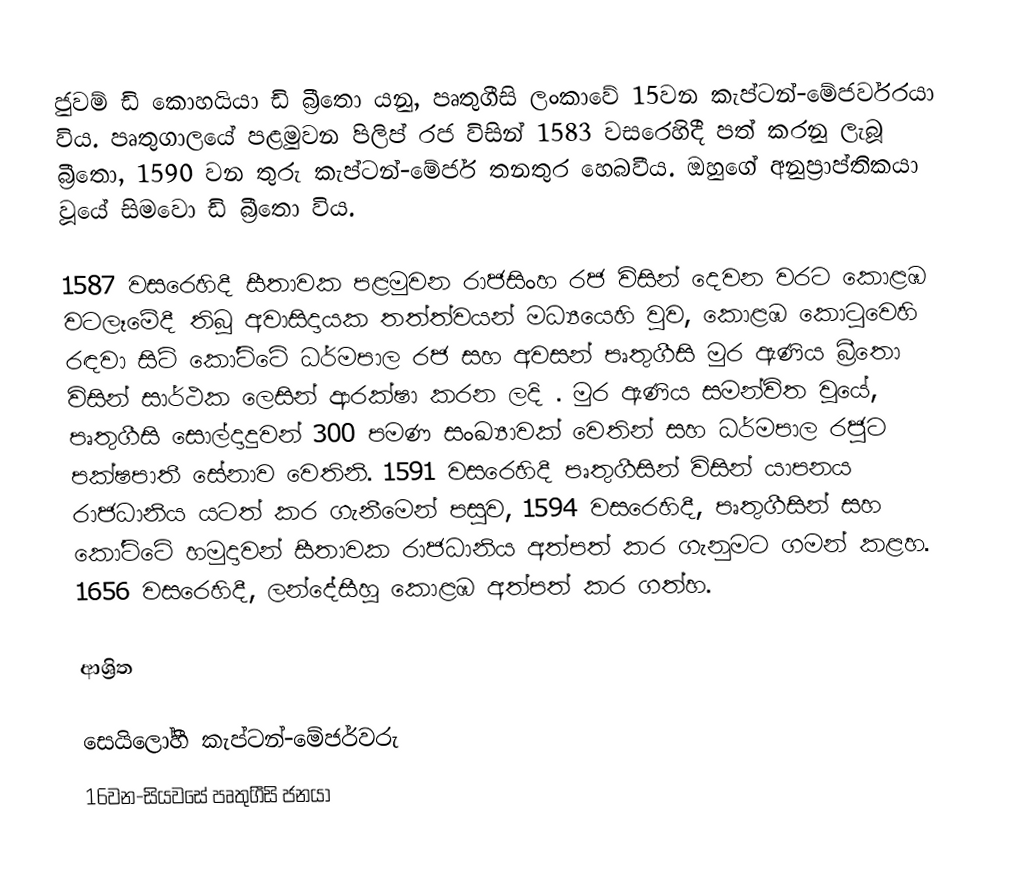
ජුවම් ඩි කොහයියා ඩි බ්‍රීතො යනු, පෘතුගීසි ලංකාවේ 15වන  කැප්ටන්-මේජර්වරයා විය. පෘතුගාලයේ පළමුවන පිලිප් රජ විසින් 1583 වසරෙහිදී පත් කරනු ලැබූ බ්‍රීතො, 1590 වන තුරු කැප්ටන්-මේජර් තනතුර හෙබවීය. ඔහුගේ අනුප්‍රාප්තිකයා වූයේ සිමවො ඩි බ්‍රීතො විය.

1587 වසරෙහිදී සීතාවක පළමුවන රාජසිංහ රජ විසින් දෙවන වරට කොළඹ වටලෑමේදී තිබූ අවාසිදායක තත්ත්වයන් මධ්‍යයෙහි වුව, කොළඹ කොටුවෙහි රඳවා සිටි කෝට්ටේ ධර්මපාල රජ සහ අවසන් පෘතුගීසි මුර ඇණිය බ්‍රීතො විසින් සාර්ථක ලෙසින් ආරක්ෂා කරන ලදි . මුර ඇණිය සමන්විත වූයේ,  පෘතුගීසි සොල්දාදුවන් 300 පමණ සංඛ්‍යාවක් වෙතින් සහ ධර්මපාල රජුට පක්ෂපාතී සේනාව වෙතිනි.    1591 වසරෙහිදී   පෘතුගීසින් විසින් යාපනය රාජධානිය යටත් කර ගැනීමෙන් පසුව,  1594 වසරෙහිදී, පෘතුගීසින් සහ කෝට්ටේ හමුදාවන්  සීතාවක රාජධානිය  අත්පත් කර ගැනුමට ගමන් කළහ. 1656 වසරෙහිදී, ලන්දේසීහූ කොළඹ අත්පත් කර ගත්හ.

ආශ්‍රිත

 සෙයිලෝහී කැප්ටන්-මේජර්වරු
16වන-සියවසේ පෘතුගීසි ජනයා